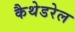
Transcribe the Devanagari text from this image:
कैथेडरेल